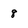
Character: 8